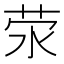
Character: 荥